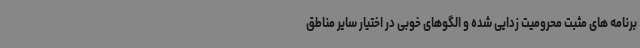
برنامه های مثبت محرومیت زدایی شده و الگوهای خوبی در اختیار سایر مناطق